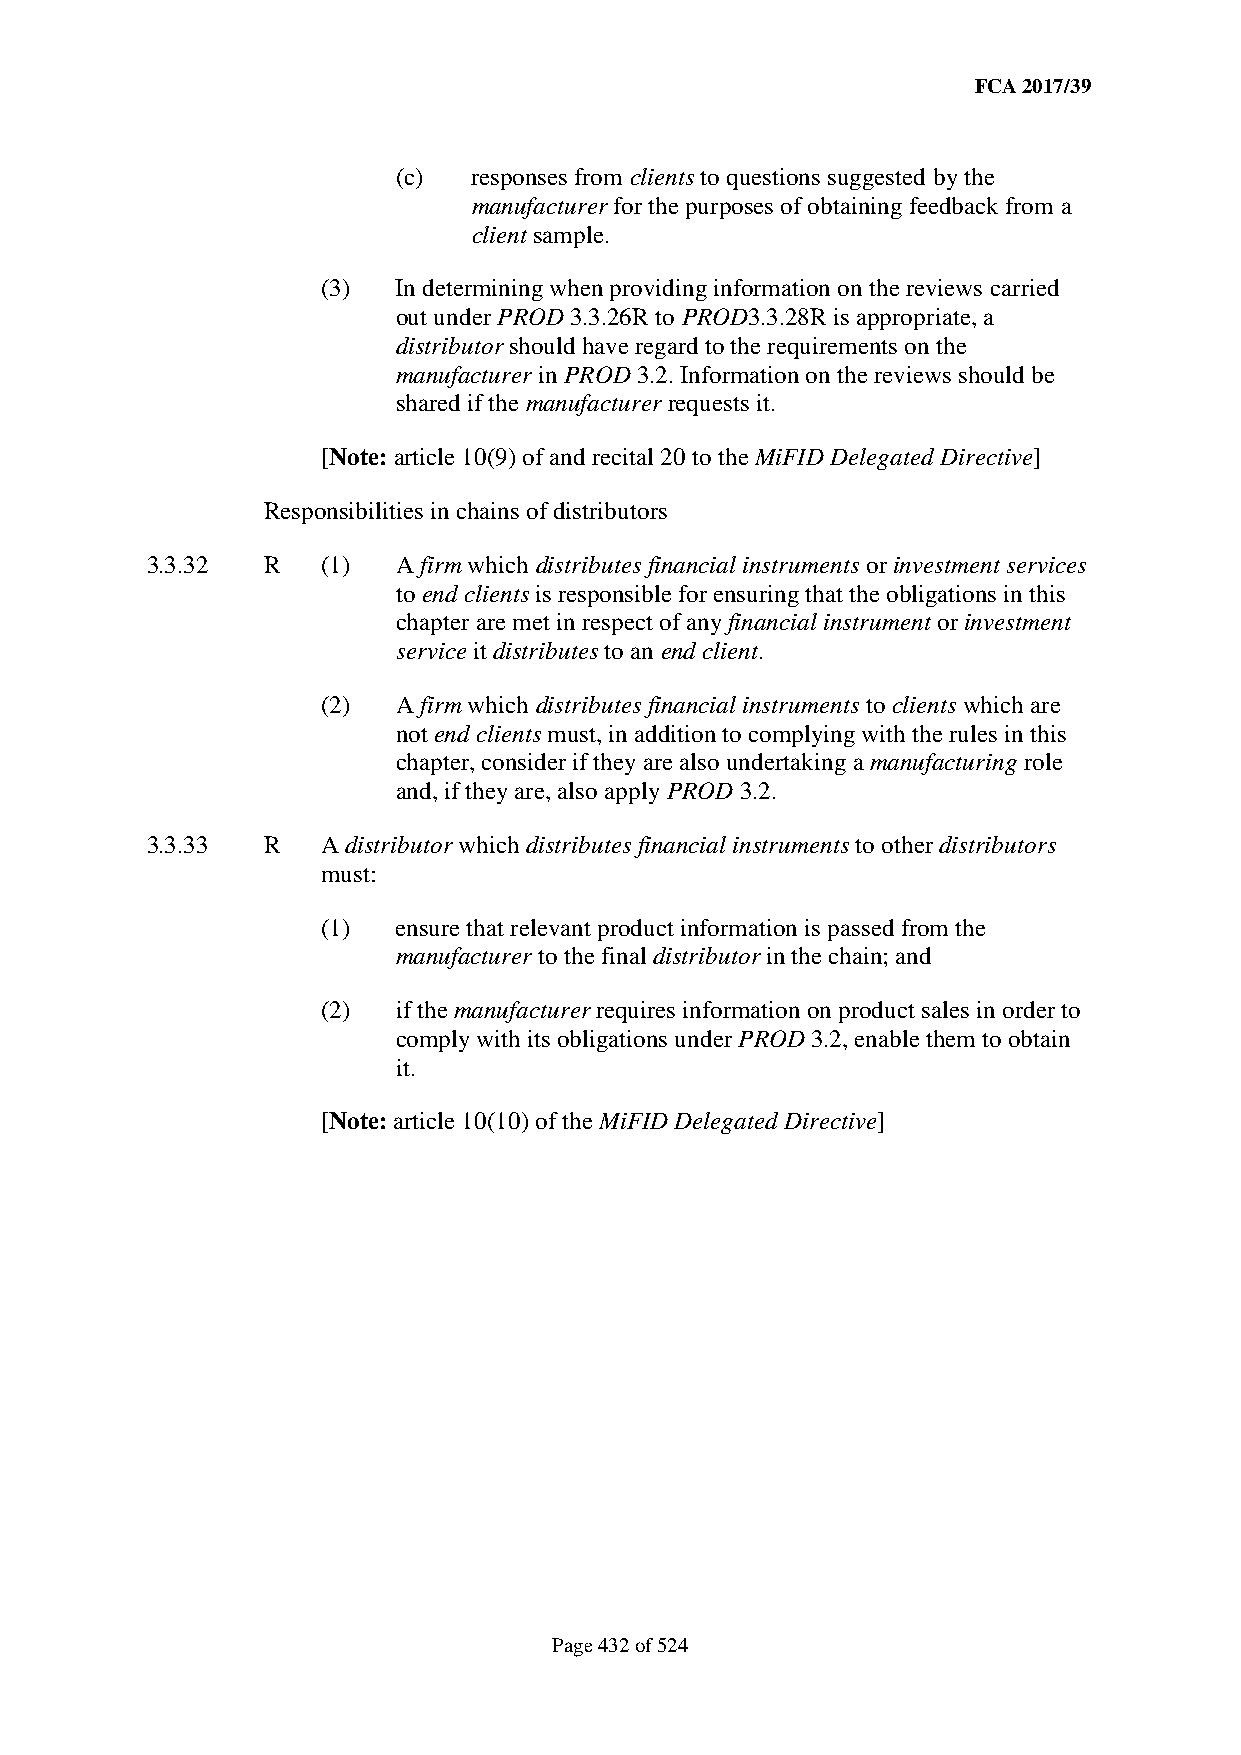
FCA 2017/39
 (c)  responses from clients to questions suggested by the
 manufacturer for the purposes of obtaining feedback from a
 client sample.
 (3)  In determining when providing information on the reviews carried
 out under PROD 3.3.26R to PROD3.3.28R is appropriate, a
 distributor should have regard to the requirements on the
 manufacturer in PROD 3.2. Information on the reviews should be
 shared if the manufacturer requests it.
 [Note: article 10(9) of and recital 20 to the MiFID Delegated Directive]
 Responsibilities in chains of distributors
 3.3.32  R  (1)  A firm which distributes financial instruments or investment services
 to end clients is responsible for ensuring that the obligations in this
 chapter are met in respect of any financial instrument or investment
 service it distributes to an end client.
 (2)  A firm which distributes financial instruments to clients which are
 not end clients must, in addition to complying with the rules in this
 chapter, consider if they are also undertaking a manufacturing role
 and, if they are, also apply PROD 3.2.
 3.3.33  R  A distributor which distributes financial instruments to other distributors
 must:
 (1)  ensure that relevant product information is passed from the
 manufacturer to the final distributor in the chain; and
 (2)  if the manufacturer requires information on product sales in order to
 comply with its obligations under PROD 3.2, enable them to obtain
 it.
 [Note: article 10(10) of the MiFID Delegated Directive]
 Page 432 of 524